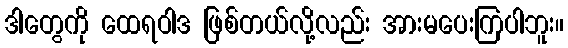
ဒါတွေကို ထေရဝါဒ ဖြစ်တယ်လို့လည်း အားမပေးကြပါဘူး။